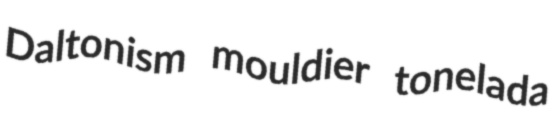
Daltonism mouldier tonelada